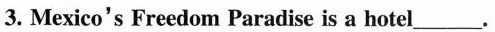
3. Mexico's Freedom Paradise is a hotel___.